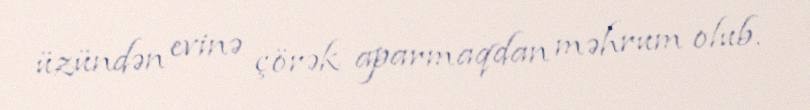
üzündən evinə çörək aparmaqdan məhrum olub.